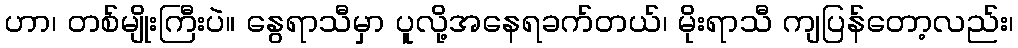
ဟာ၊ တစ်မျိုးကြီးပဲ။ နွေရာသီမှာ ပူလို့အနေရခက်တယ်၊ မိုးရာသီ ကျပြန်တော့လည်း၊